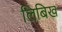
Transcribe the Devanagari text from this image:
लिबिख